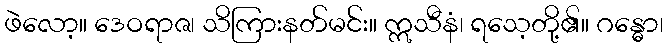
ဖဲလော့။ ဒေဝရာဇ၊ သိကြားနတ်မင်း။ ဣသီနံ၊ ရသေ့တို့၏။ ဂန္ဓော၊